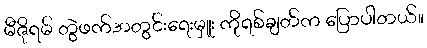
မီဇိုရမ် တွဲဖက်အတွင်းရေးမှူး ကိုရစ်ချတ်က ပြောပါတယ်။